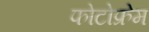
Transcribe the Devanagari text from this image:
फोटोफ्रेम